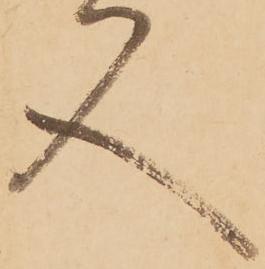
又